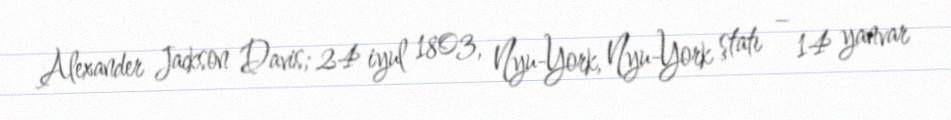
Alexander Jackson Davis; 24 iyul 1803, Nyu-York, Nyu-York ştatı – 14 yanvar